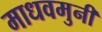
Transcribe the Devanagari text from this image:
माधवमुनी